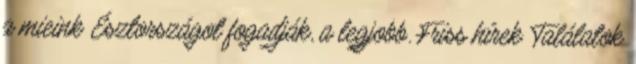
a mieink Észtországot fogadják, a legjobb. Friss hírek Találatok